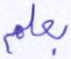
بعلم